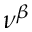
\nu ^ { \beta }